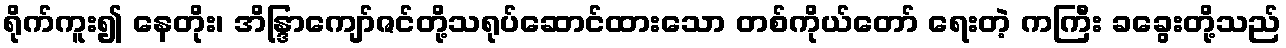
ရိုက်ကူး၍ နေတိုး၊ အိန္ဒြာကျော်ဇင်တို့သရုပ်ဆောင်ထားသော တစ်ကိုယ်တော် ရေးတဲ့ ကကြီး ခခွေးတို့သည်